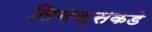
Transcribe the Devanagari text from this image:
लिनक्सकडे